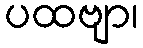
ပထဗျာ၊